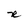
Character: R